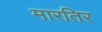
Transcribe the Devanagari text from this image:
मारतिर